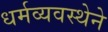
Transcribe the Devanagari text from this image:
धर्मव्यवस्थेने